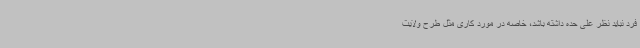
فرد نباید نظر علی حده داشته باشد، خاصه در مورد کاری مثل طرح ولایت